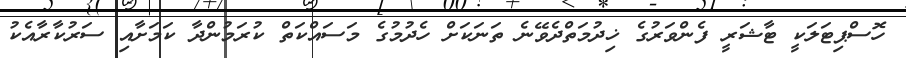
ހޮސްޕިޓަލަކީ ޓާޝަރީ ފެންވަރުގެ ޚިދުމަތްދެވޭނެ ތަނަކަށް ހެދުމުގެ މަސައްކަތް ކުރަމުންދާ ކަމަށާއި ސަރުކާރާއެކު